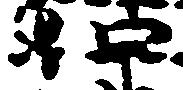
如